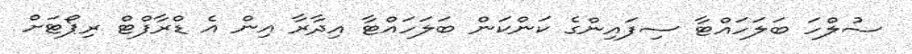
ސުލްހަ ބަލަހައްޓާ ސިފައިންގެ ކަންކަން ބަލަހައްޓާ އިދާރާ އިން އެ ޑްރާފްޓް ރިޕޯޓަށް